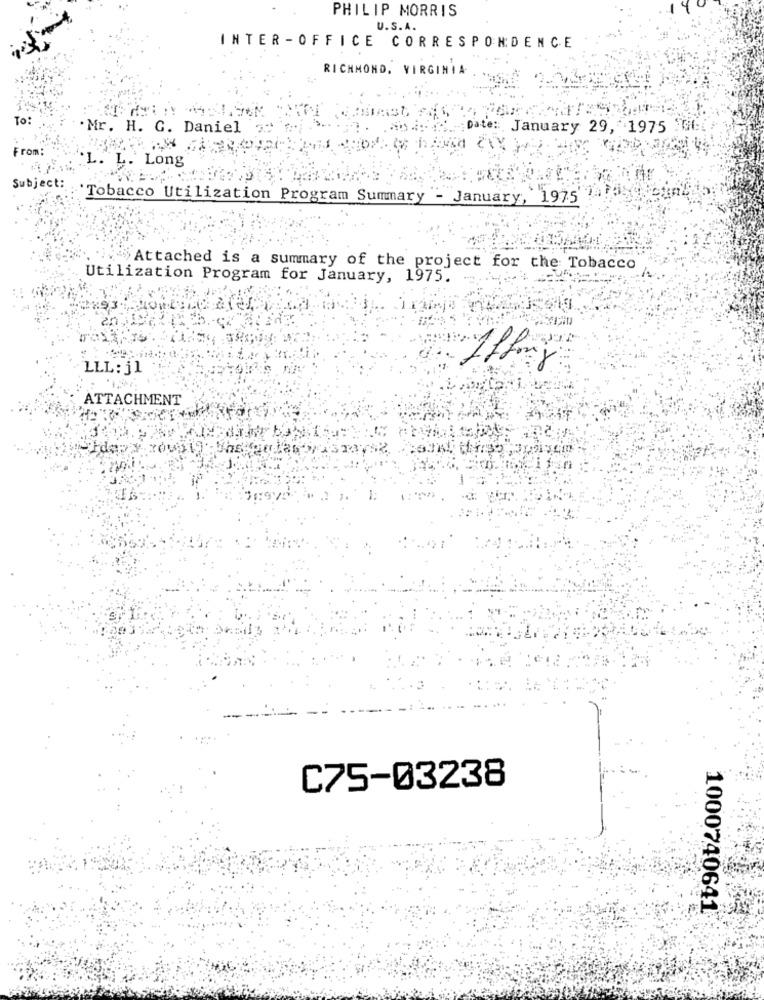
PHILIP MORRIS
U.S.A.
INTER -OFFICE CORRESPONDENCE
RICHMOND, VIRGINIA
To:
. Mr. H. C. Daniel a"
Date: January 29, 1975 M
From:
L. L. Long
Subject:
Tobacco Utilization Program Summary - January, 1975
Attached is a summary of the project for the Tobacco
Utilization Program for January, 1975.
LLL: j1
ATTACHMENT
Id#:
C75-03238
1000740641